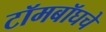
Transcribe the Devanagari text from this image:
टॉमबॉघचे